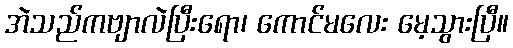
အဲသည်ကဗျာလဲပြီးရော၊ ကောင်မလေး မေ့သွားပြီ။